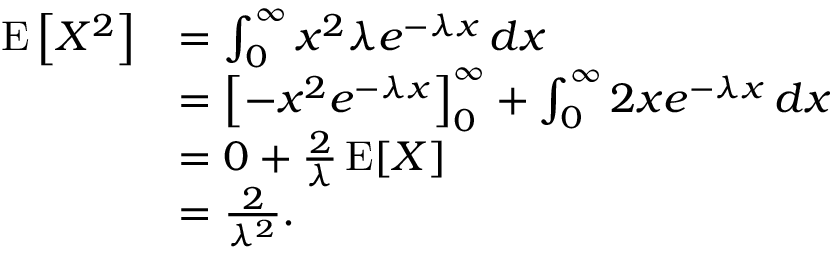
{ \begin{array} { r l } { \operatorname { E } \left[ X ^ { 2 } \right] } & { = \int _ { 0 } ^ { \infty } x ^ { 2 } \lambda e ^ { - \lambda x } \, d x } \\ & { = \left[ - x ^ { 2 } e ^ { - \lambda x } \right] _ { 0 } ^ { \infty } + \int _ { 0 } ^ { \infty } 2 x e ^ { - \lambda x } \, d x } \\ & { = 0 + { \frac { 2 } { \lambda } } \operatorname { E } [ X ] } \\ & { = { \frac { 2 } { \lambda ^ { 2 } } } . } \end{array} }